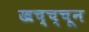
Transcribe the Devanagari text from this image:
खच्च्चून